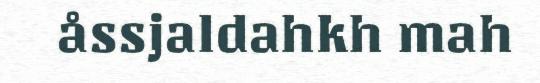
åssjaldahkh mah